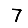
Digit: 7